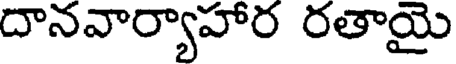
దానవార్యాహార రతాయై